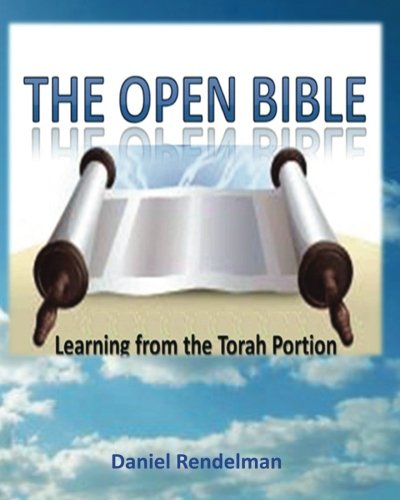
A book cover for The Open Bible: Learning from the Torah Portion; Daniel Rendelman; Christian Books & Bibles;